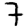
Digit: 7